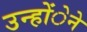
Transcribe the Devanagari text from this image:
उन्होंेने